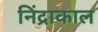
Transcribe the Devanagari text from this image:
निंद्राकाल